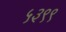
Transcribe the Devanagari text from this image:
५३९९